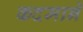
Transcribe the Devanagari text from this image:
कदमाने